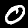
Label: 0